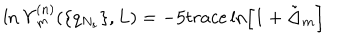
\ln \Upsilon _ { m } ^ { ( n ) } ( \{ q _ { N _ { s } } \} , L ) = - 5 t r a c e \ln \left[ 1 + \tilde { \Delta } _ { m } \right]